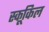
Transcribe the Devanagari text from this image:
स्कूकिल